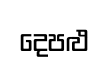
දෙපළු